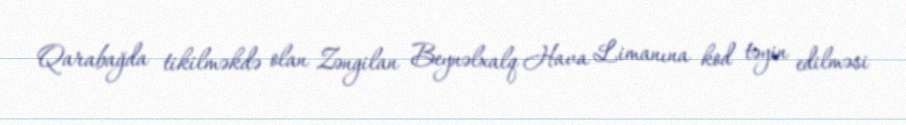
Qarabağda tikilməkdə olan Zəngilan Beynəlxalq Hava Limanına kod təyin edilməsi